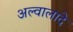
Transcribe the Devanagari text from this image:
अल्वालादे